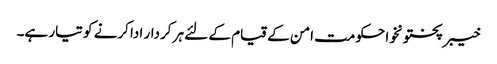
خیبرپختونخوا حکومت امن کے قیام کے لئے ہر کردار ادا کرنے کو تیار ہے۔